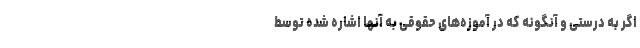
اگر به درستی و آنگونه که در آموزه‌های حقوقی به آنها اشاره شده توسط